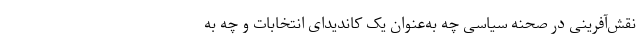
نقش‌آفرینی در صحنه سیاسی چه به‌عنوان یک کاندیدای انتخابات و چه به